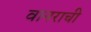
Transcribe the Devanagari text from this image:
वानराची